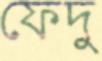
ফেদু